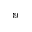
^ { 3 9 }